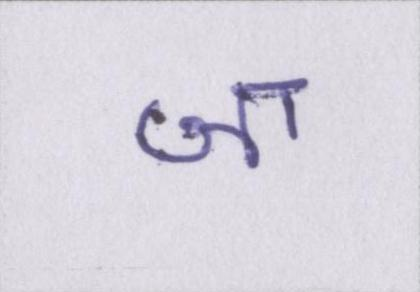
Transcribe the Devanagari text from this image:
जा